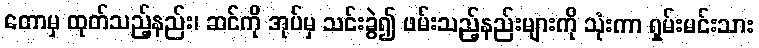
တောမှ ထုတ်သည့်နည်း၊ ဆင်ကို အုပ်မှ သင်းခွဲ၍ ဖမ်းသည့်နည်းများကို သုံးကာ ရှမ်းမင်းသား